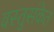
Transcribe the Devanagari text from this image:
वस्तुसंकेत